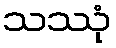
သဿုံ